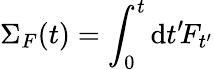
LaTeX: \Sigma_{F}(t)=\int_{0}^{t}\mathrm{d}t^{\prime}\! F_{t^{\prime}}